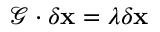
\mathcal { G } \cdot \delta \mathbf { x } = \lambda \delta \mathbf { x }